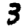
Digit: 3